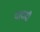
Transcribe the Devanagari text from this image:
यादाद्री